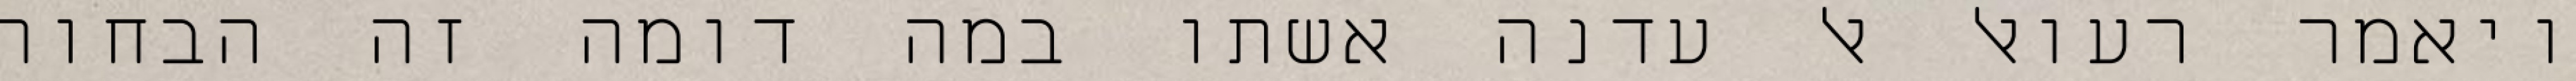
ויאמר רעואל אל עדנה אשתו במה דומה זה הבחור